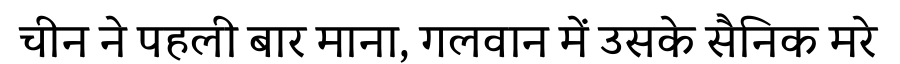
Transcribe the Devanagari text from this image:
चीन ने पहली बार माना, गलवान में उसके सैनिक मरे